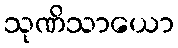
သုဏိသာယော